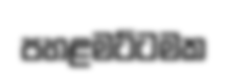
පහළමට්ටමක